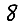
Digit: 8